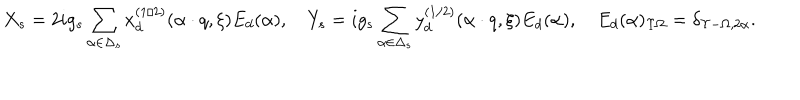
X _ { s } = 2 i g _ { s } \sum _ { \alpha \in \Delta _ { s } } x _ { d } ^ { ( 1 / 2 ) } ( \alpha \cdot q , \xi ) E _ { d } ( \alpha ) , \quad Y _ { s } = i g _ { s } \sum _ { \alpha \in \Delta _ { s } } y _ { d } ^ { ( 1 / 2 ) } ( \alpha \cdot q , \xi ) E _ { d } ( \alpha ) , \quad E _ { d } ( \alpha ) _ { \Upsilon \Omega } = \delta _ { \Upsilon - \Omega , 2 \alpha } .